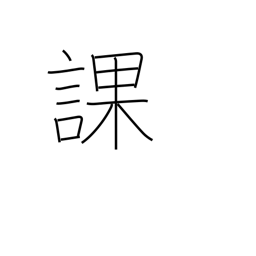
Meaning: division